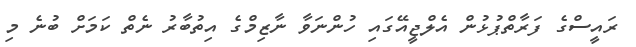
ރައީސްގެ ފަރާތްޕުޅުން އެލްޖީއޭގައި ހުންނަވާ ނާޒިމްގެ އިތުބާރު ނެތް ކަމަށް ބުނެ މި